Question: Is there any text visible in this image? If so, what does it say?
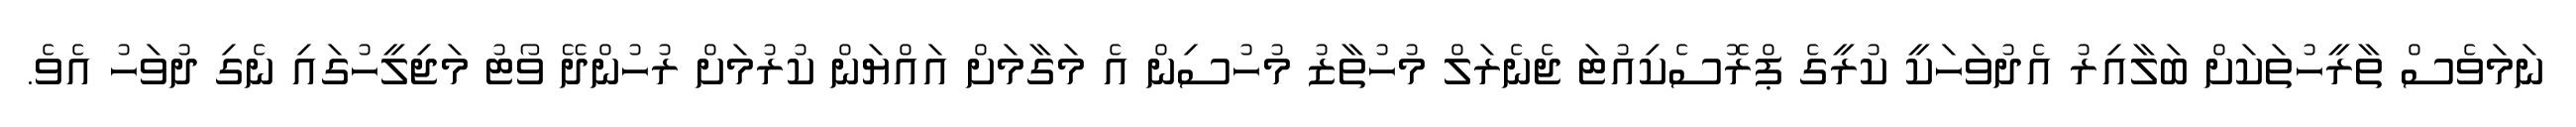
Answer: ނަމަވެސް ތާރީހުތަކަށް ބަލާއިރު އެދުވަހަކީ ކުރީގެ ޕްރޮސެކިއުޓަ ޖެނެރަލް މުހުތާޒު މުހުސިން އެ މަގާމަށް އައްޔަން ކުރުމަށް ރުހުންދޭ ވޯޓު މަޖިލީހުގައި ނެގި ދުވަހު އެވެ.